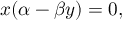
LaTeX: x ( \alpha - \beta y ) = 0 ,